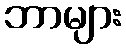
ဘာများ